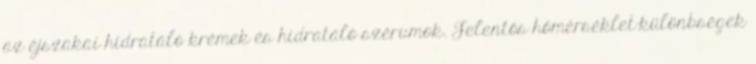
az éjszakai hidratáló krémek és hidratáló szérumok. Jelentős hőmérséklet-különbségek